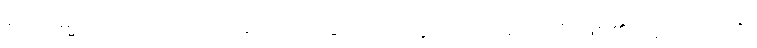
သောဓမ္မပရိယာယော၊ ထိုတရားဟောခြင်း ဒေသနာသည်။ ဟောတိ၊ ဖြစ်၏။ ဣတိ၊ ဤသို့။